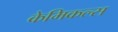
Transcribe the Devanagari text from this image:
केमिकल्‍स